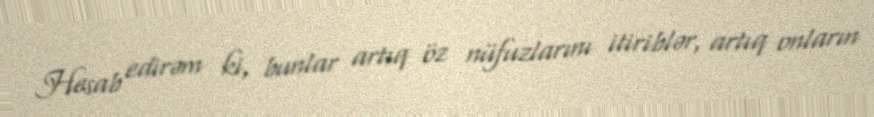
Hesab edirəm ki, bunlar artıq öz nüfuzlarını itiriblər, artıq onların